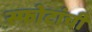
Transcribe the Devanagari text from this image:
स्फोटांची